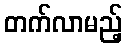
တက်လာမည့်